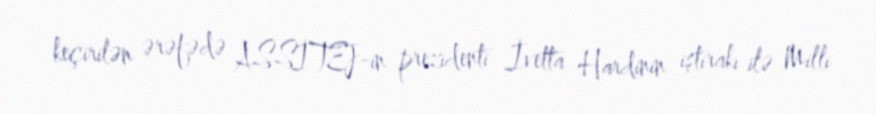
keçirilən ərəfədə ASSİTEJ-in prezidenti İvetta Hardinin iştirakı ilə Milli